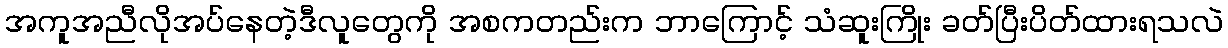
အကူအညီလိုအပ်နေတဲ့ဒီလူတွေကို အစကတည်းက ဘာကြောင့် သံဆူးကြိုး ခတ်ပြီးပိတ်ထားရသလဲ